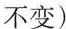
不变)